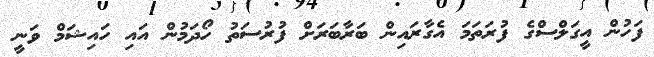
ފަހުން އީގަލްސްގެ ފުރަތަމަ އެގާރައިން ބަރާބަރަށް ފުރުސަތު ހޯދަމުން އައި ހައިޝަމް ވަނީ